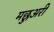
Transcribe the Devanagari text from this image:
मछुअरी